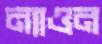
ন্যাওন